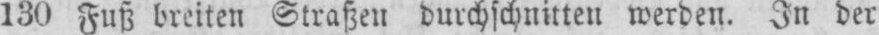
130 Fuß breiten Straßen durchschnitten werden. In der